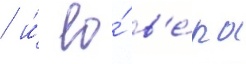
/ и́ ео́ в'е́ра